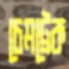
চেমট্রেক